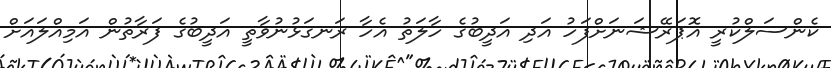
ކެންސަލްކުރީ އޮޕަރޭޝަނަށްފަހު އަދި އަދީބުގެ ހާލަތު އެހާ ރަނގަޅުނުވާތީ އަދީބުގެ ފަރާތުން އަމިއްލައަށް